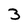
Character: 3